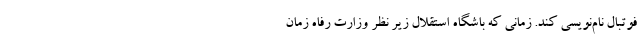
فوتبال نام‌نویسی کند. زمانی که باشگاه استقلال زیر نظر وزارت رفاه زمان